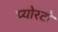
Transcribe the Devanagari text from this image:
प्योरटो